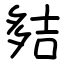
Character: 夡